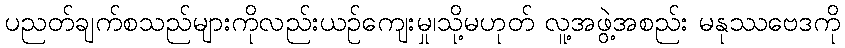
ပညတ်ချက်စသည်များကိုလည်းယဉ်ကျေးမှု၊သို့မဟုတ် လူ့အဖွဲ့အစည်း မနုဿဗေဒကို